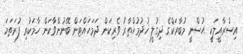
އިސްރާއީލަކީ ޙުސްނީ މުބާރަކްގެ ދިގުލީ ޚުދުމުޚްތާރު ވެރިކަން ދަމަހައްޓަން ބޭނުންވާކަން ހާމަކުރި ފުރަތަމަ